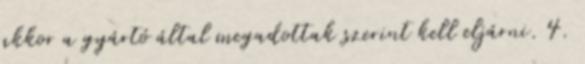
akkor a gyártó által megadottak szerint kell eljárni. 4.